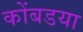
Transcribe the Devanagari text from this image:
कोंबडया